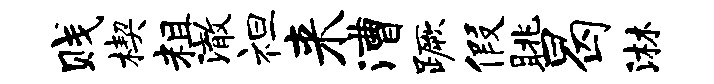
贱楔粗澈袒来漕蹶假眺曷淋